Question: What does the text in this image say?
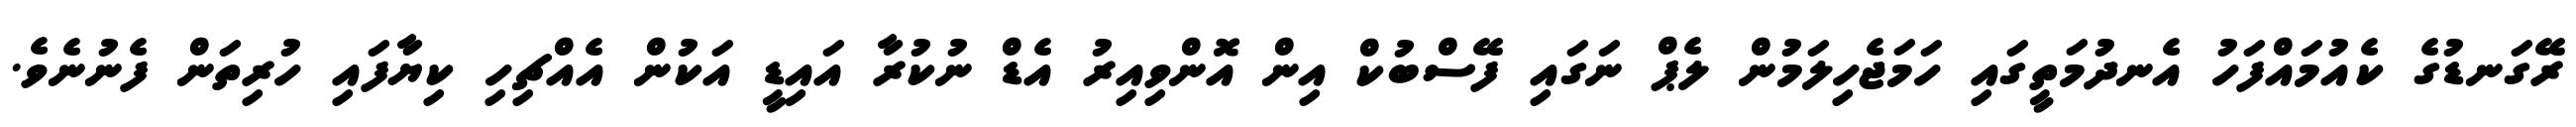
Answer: ރޭގަނޑުގެ ކެއުމައްފަހު އެނދުމަތީގައި ހަމަޖެހިލަމުން ލެޕް ނަގައި ފޭސްބުކް އިން އޮންވިއިރު އެޑް ނުކުރާ އައިޑީ އަކުން އެއްޗިހި ކިޔާފައި ހުރިތަން ފެނުނެވެ.